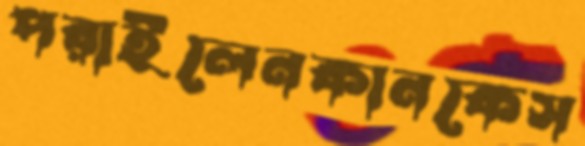
পরাইলেনকানকেস